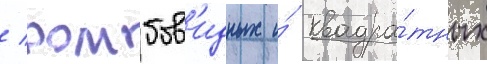
/ ромбов'идных и́ квадра́тных